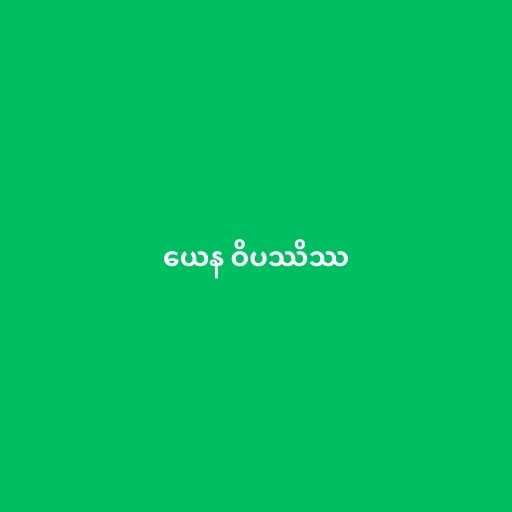
ယေန ဝိပဿိဿ